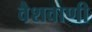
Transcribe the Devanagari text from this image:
वैशवाणी